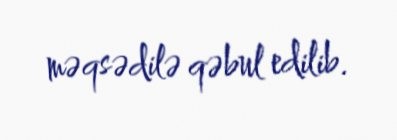
məqsədilə qəbul edilib.